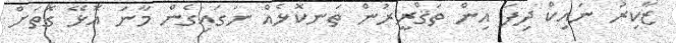
ޒާކިރު ނައިކް ދިފަ އިން ތަޤްރީރުން ތަނކޮޅެއް ނަގައިގެން މާނަ އޮޅޭ ގޮތަށް